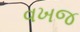
વખજ